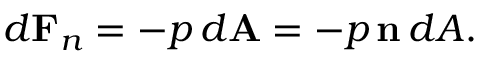
d \mathbf { F } _ { n } = - p \, d \mathbf { A } = - p \, \mathbf { n } \, d A .